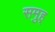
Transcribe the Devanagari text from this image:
समुह्